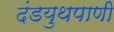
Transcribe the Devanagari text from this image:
दंडयुथपाणी